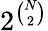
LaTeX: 2^{\binom{N}{2}}